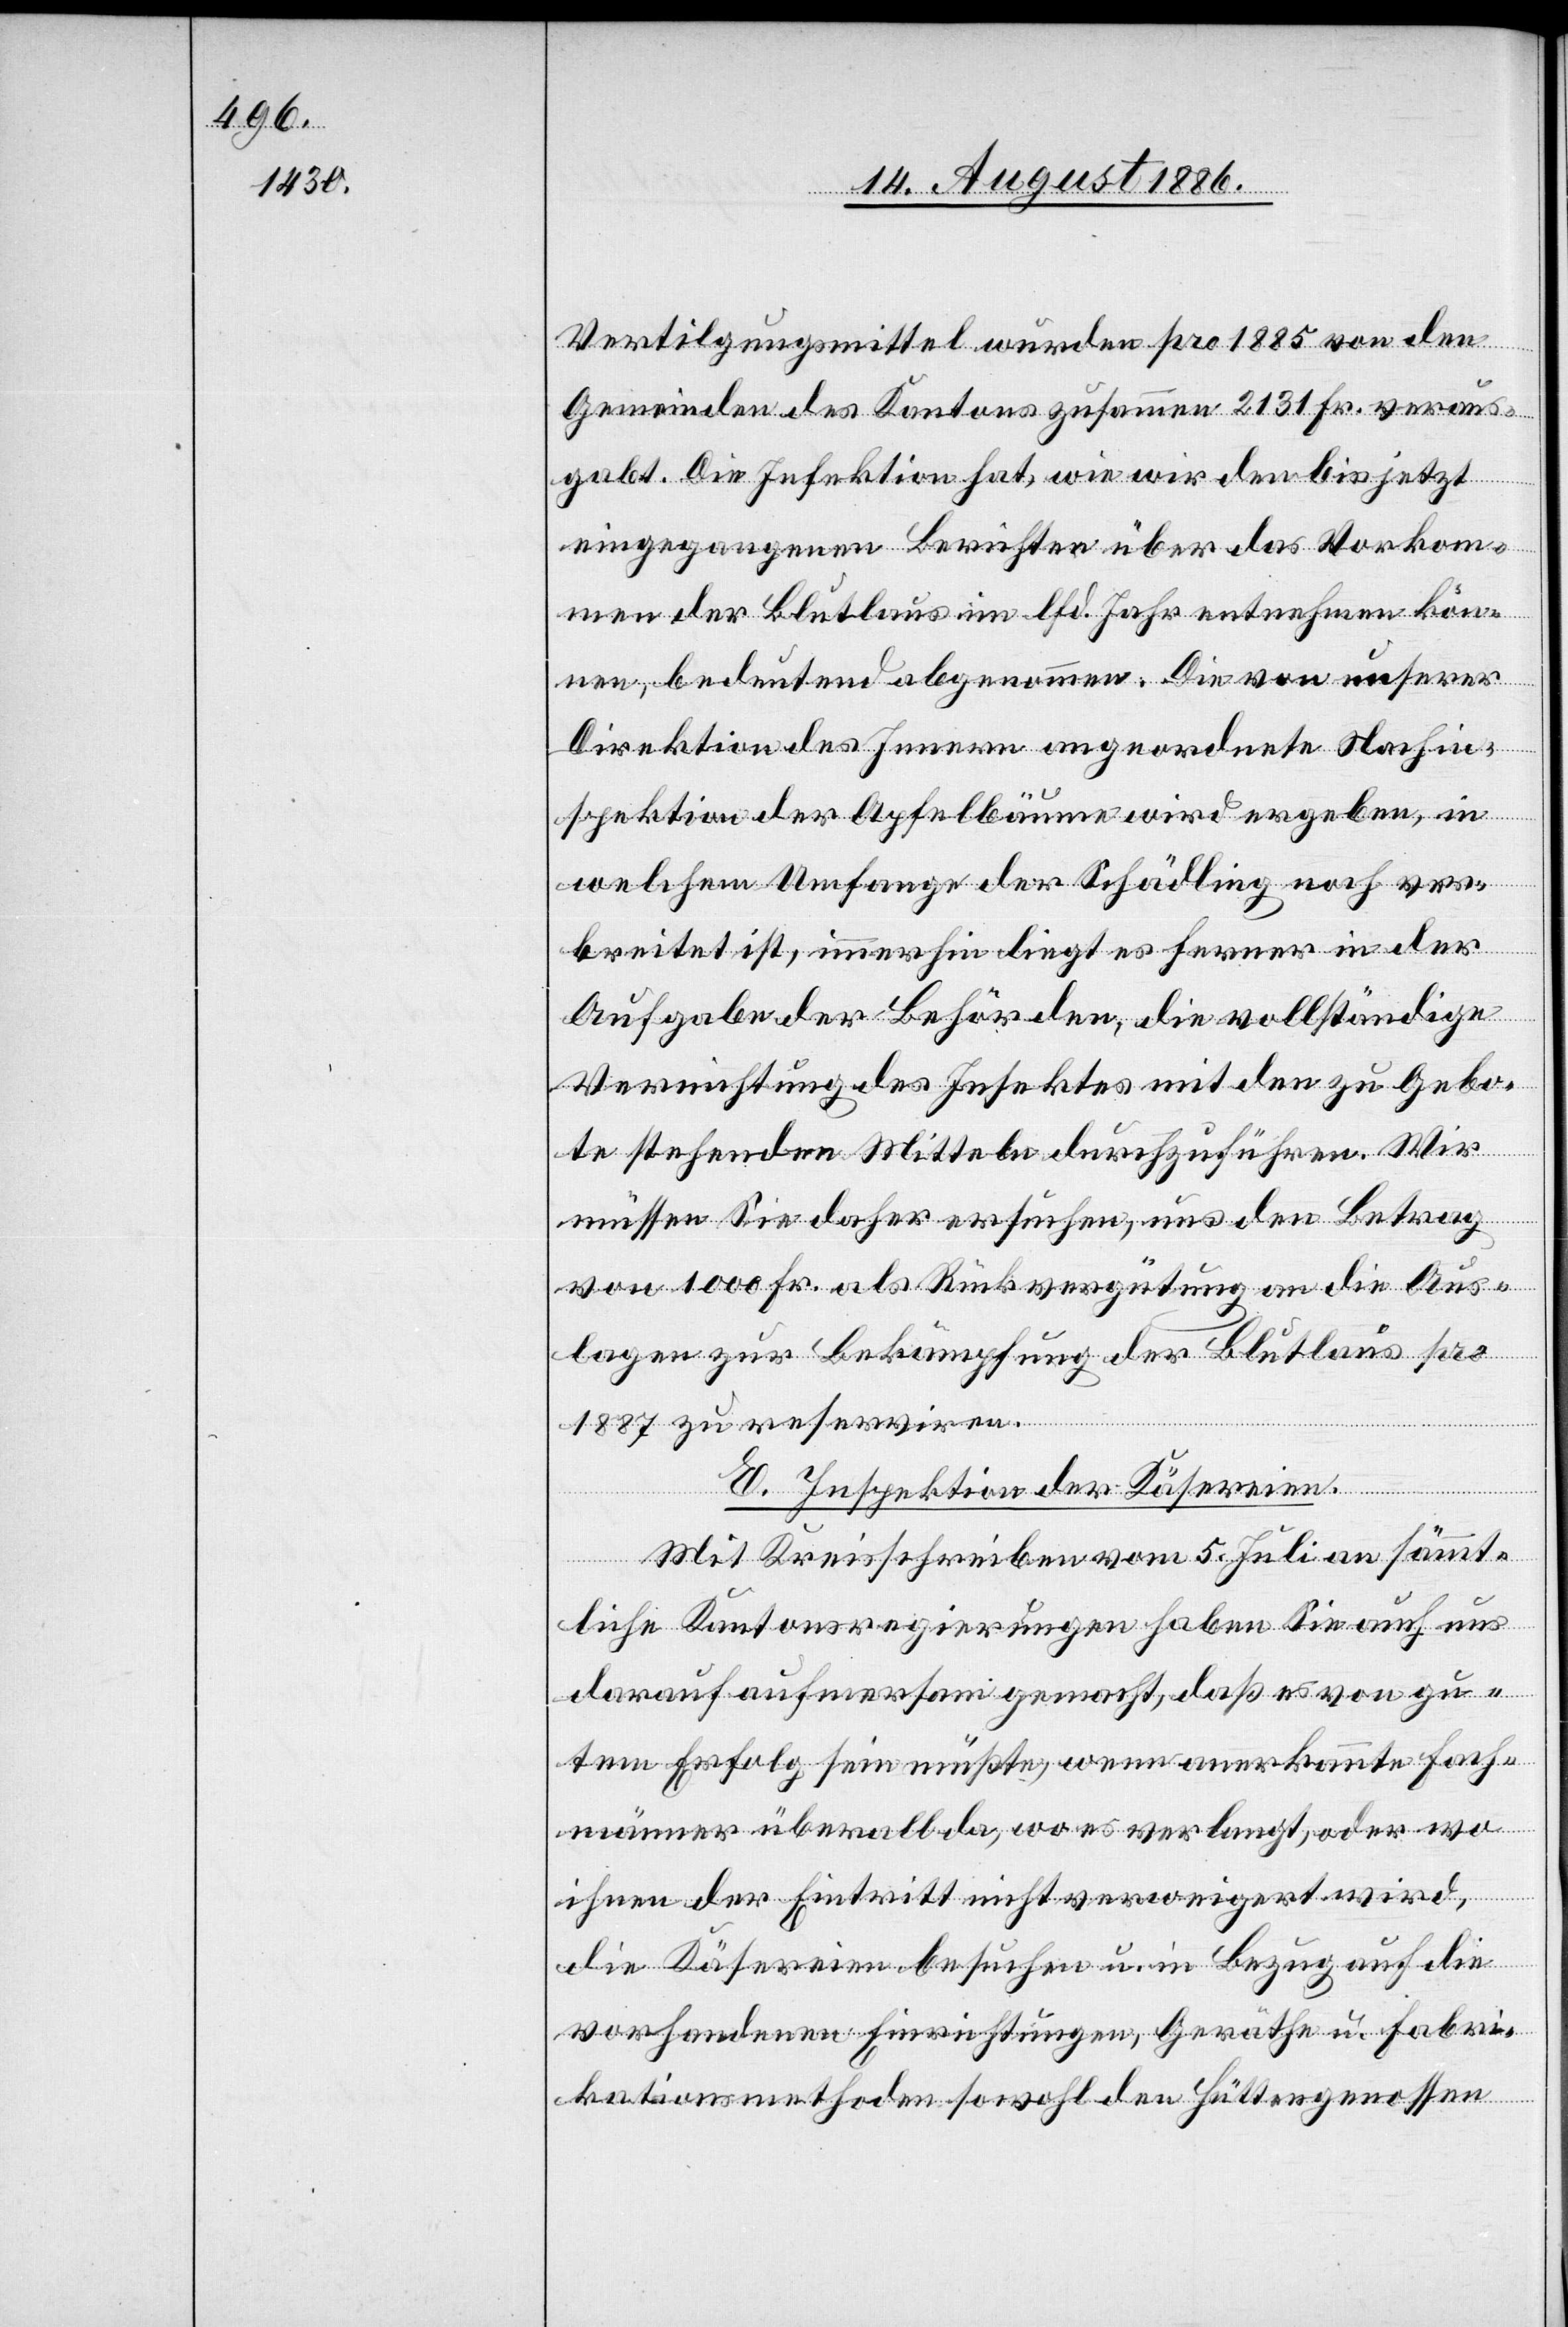
Vertilgungsmittel wurden pro 1885 von den
Gemeinden des Kantons zusammen 2131 Fr. veraus¬
gabt. Die Infektion hat, wie wir den bis jetzt
eingegangenen Berichten über das Vorkom¬
men der Blutlaus im lfd. Jahr entnehmen kön¬
nen, bedeutend abgenommen. Die von unserer
Direktion des Innern angeordnete Nachin¬
spektion der Apfelbäume wird ergeben, in
welchem Umfange der Schädling noch ver¬
breitet ist, immerhin liegt es ferner in der
Aufgabe der Behörden, die vollständige
Vernichtung des Insektes mit den zu Gebo¬
te stehenden Mitteln durchzuführen. Wir
müssen Sie daher ersuchen, uns den Betrag
von 1000 Fr. als Rückvergütung an die Aus¬
lagen zur Bekämpfung der Blutlaus pro
1887 zu reserviren.
E. Inspektion der Käsereien.
Mit Kreisschreiben vom 5. Juli an sämmt¬
liche Kantonsregierungen haben Sie auch uns
darauf aufmerksam gemacht, daß es von gu¬
tem Erfolg sein müßte, wenn anerkannte Fach¬
männer überall da, wo es verlangt, oder wo
ihnen der Eintritt nicht verweigert wird,
die Käsereien besuchen u. in Bezug auf die
vorhandenen Einrichtungen, Geräthe u. Fabri¬
kationsmethoden sowohl den Hüttengenossen